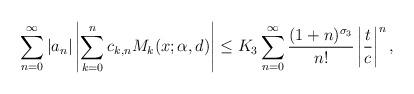
LaTeX: \begin{align*}\sum_{n=0}^\infty |a_n|\left|\sum_{k=0}^n c_{k,n} M_k(x;\alpha,d)\right|\le K_3 \sum_{n=0}^\infty \frac{(1+n)^{\sigma_3}}{n!} \left|\frac{t}{c}\right|^n,\end{align*}